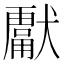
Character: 𭸮